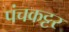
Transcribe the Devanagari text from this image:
पंचकट्टर